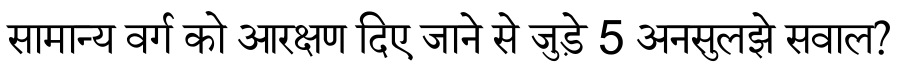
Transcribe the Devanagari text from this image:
सामान्य वर्ग को आरक्षण दिए जाने से जुड़े 5 अनसुलझे सवाल?